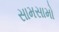
સામસામો